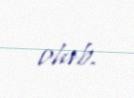
olub.